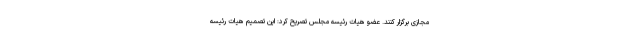
مجازی برگزار کنند. عضو هیات رئیسه مجلس تصریح کرد: این تصمیم هیات رئیسه